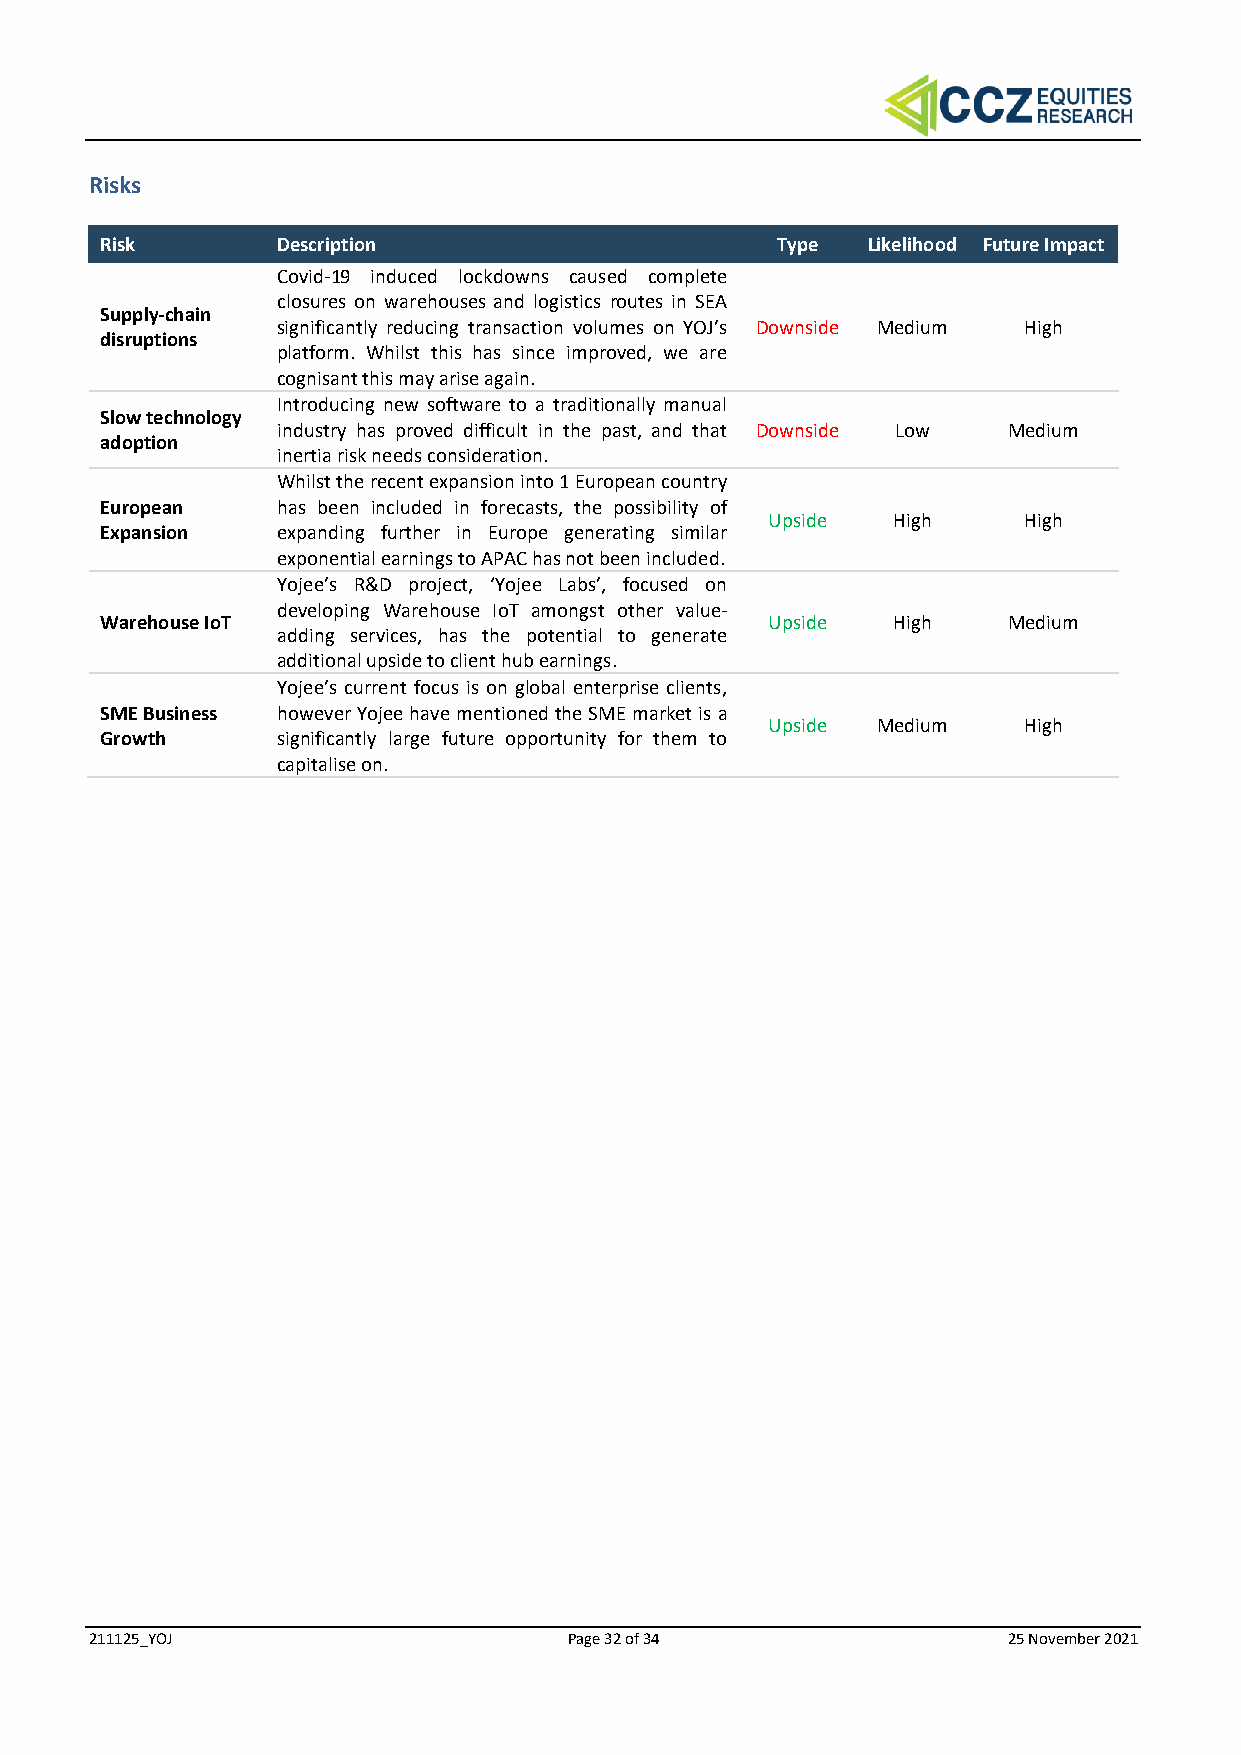
Risks
 Risk       Description                      Type  Likelihood Future Impact
 Covid-19 induced lockdowns caused complete
 closures on warehouses and logistics routes in SEA
 Supply-chain
 significantly reducing transaction volumes on YOJ’s Downside Medium High
 disruptions
 platform. Whilst this has since improved, we are
 cognisant this may arise again.
 Introducing new software to a traditionally manual
 Slow technology
 industry has proved difficult in the past, and that Downside Low Medium
 adoption
 inertia risk needs consideration.
 Whilst the recent expansion into 1 European country
 European   has been included in forecasts, the possibility of
 Upside  High     High
 Expansion  expanding further in Europe generating similar
 exponential earnings to APAC has not been included.
 Yojee’s R&D project, ‘Yojee Labs’, focused on
 developing Warehouse IoT amongst other value-
 Warehouse IoT                               Upside  High    Medium
 adding services, has the potential to generate
 additional upside to client hub earnings.
 Yojee’s current focus is on global enterprise clients,
 SME Business however Yojee have mentioned the SME market is a
 Upside Medium    High
 Growth     significantly large future opportunity for them to
 capitalise on.
 211125_YOJ                      Page 32 of 34                25 November 2021